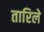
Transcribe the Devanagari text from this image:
तारिले